Leningradi_Edasi_toimetus, lk 45
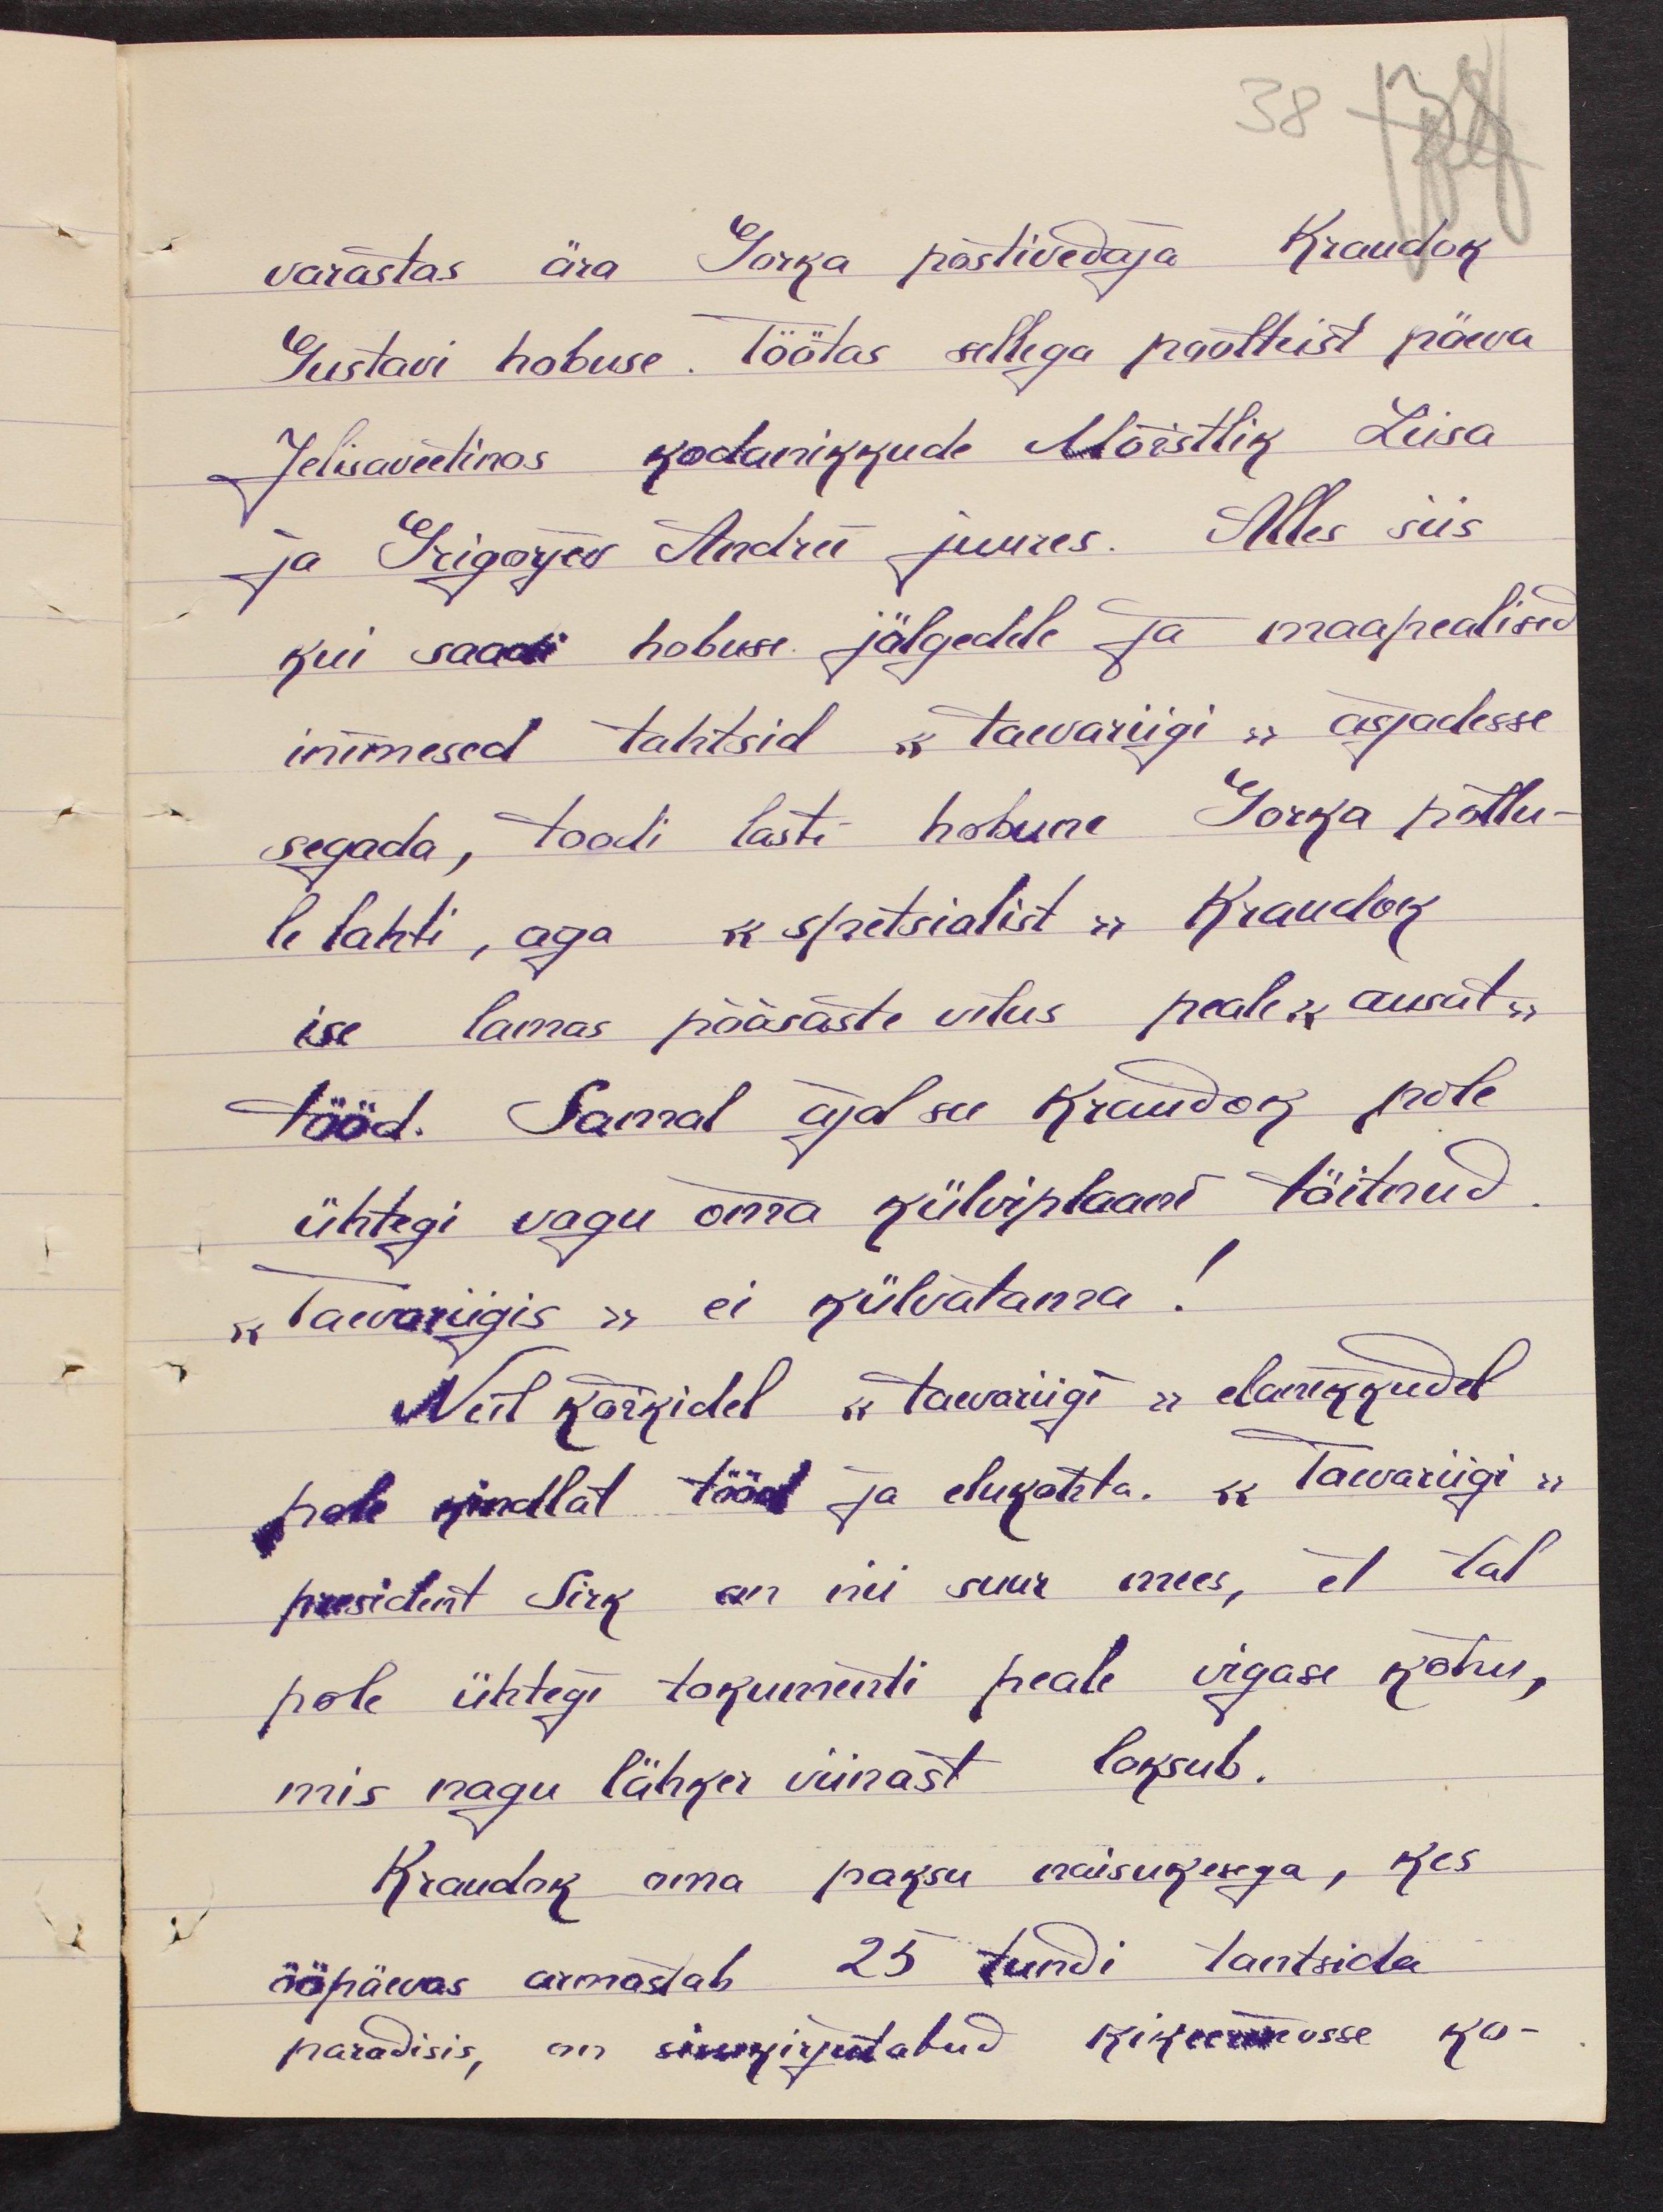
38
varastas ära Gorka postivedaja Kraudok
Gustavi hobuse. Töötas sellega poolteist päeva
Jelisaveetinos kodanikkude Mõistlik Liisa
ja Grigorjev Andrei juures. Alles siis
kui saadi hobuse jälgedele ja maapealised
inimesed tahtsid „taevariigi" asjadesse,
segada, toodi lasti hobune Gorka põllu-
le lahti, aga "spetsialist" Kraudok
ise lamas põõsaste vilus peale "ausut"
tööd. Samal ajal see Krudok pole
ühtegi vagu oma külviplaani täitnud.
"taevariigis" ei külvatama!
Neil kõikidel "taevariigi" elanikkudel
pole kindlat tööd ja elukohta. "Taevariigi"
president Sirk on nii suur mees, et tal
pole ühtegi tokumenti peale vigase kõhu,
mis nagu lähker viinast loksub.
Kraudok oma paksu naisukesega, kes
ööpäevas armastab 25 tundi tantsida
paradisis, on sissekirjutatud kikeerinosse ko-